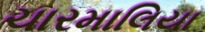
ચારમાલિયા